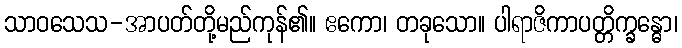
သာဝသေသ-အာပတ်တို့မည်ကုန်၏။ ဧကော၊ တခုသော။ ပါရာဇိကာပတ္တိက္ခန္ဓော၊